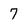
Character: 7